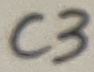
Text: C3